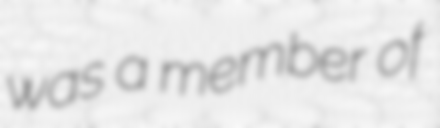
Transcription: was a member of